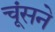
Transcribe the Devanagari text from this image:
चूंसने